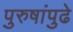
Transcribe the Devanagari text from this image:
पुरुषांपुढे